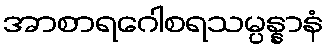
အာစာရဂေါစရသမ္ပန္နာနံ